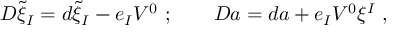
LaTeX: D \tilde { \xi } _ { I } = d \tilde { \xi } _ { I } - e _ { I } V ^ { 0 } \ ; \qquad D a = d a + e _ { I } V ^ { 0 } \xi ^ { I } \ ,